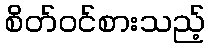
စိတ်ဝင်စားသည့်